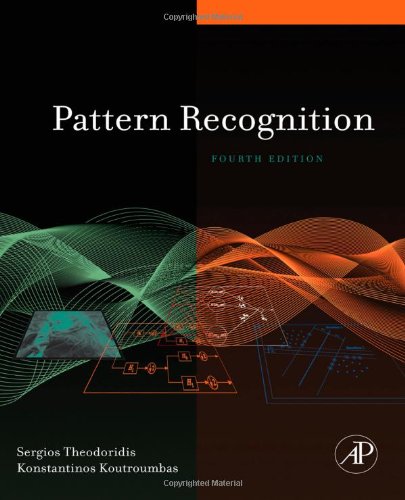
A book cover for Pattern Recognition, Fourth Edition; Sergios Theodoridis; Computers & Technology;